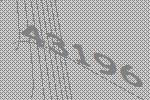
43196